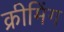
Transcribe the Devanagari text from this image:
क्रीमिंग